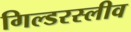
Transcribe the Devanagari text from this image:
गिल्डरस्लीव